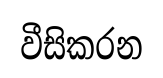
වීසිකරන